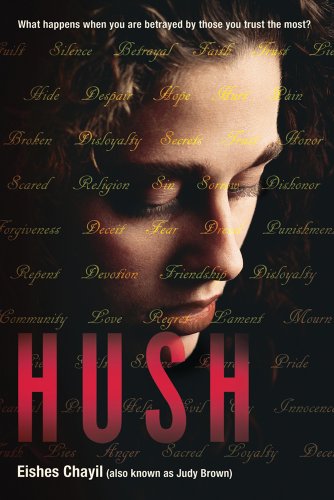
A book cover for Hush; Eishes Chayil; Teen & Young Adult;